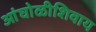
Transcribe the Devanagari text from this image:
आंघोळीशिवाय